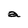
Character: a